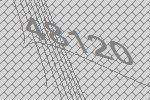
48120